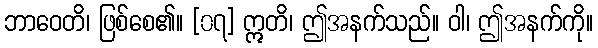
ဘာဝေတိ၊ ဖြစ်စေ၏။ [၀၇] ဣတိ၊ ဤအနက်သည်။ ဝါ၊ ဤအနက်ကို။